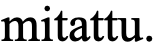
mitattu.